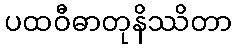
ပထဝီဓာတုနိဿိတာ